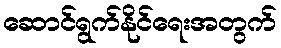
ဆောင်ရွက်နိုင်ရေးအတွက်